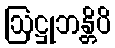
ဩဋ္ဌုဘန္တိပိ